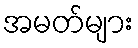
အမတ်များ